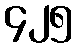
၄၂၅